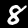
Digit: 8